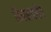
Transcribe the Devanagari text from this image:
विक्शनरीत